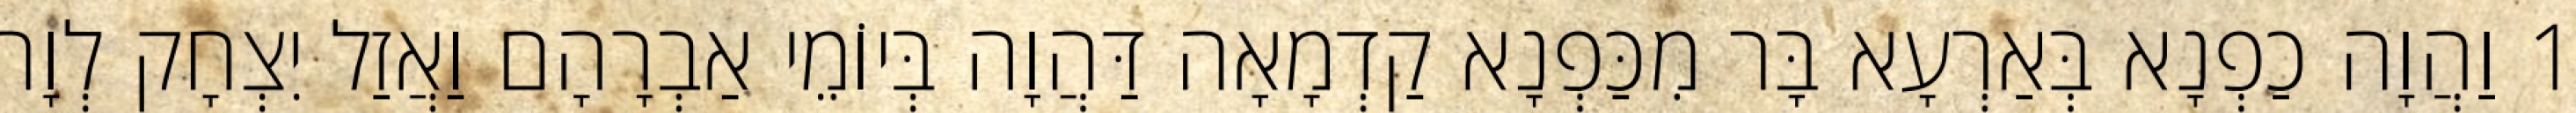
1 וַהֲוָה כַפְנָא בְּאַרְעָא בָּר מִכַּפְנָא קַדְמָאָה דַּהֲוָה בְּיוֹמֵי אַבְרָהָם וַאֲזַל יִצְחָק לְוָת